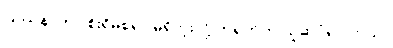
ပြဿနာဟာ စိုးရိမ်စရာ မရှိဘူးလို့ တရုတ်က ယူဆပုံရပါတယ်။